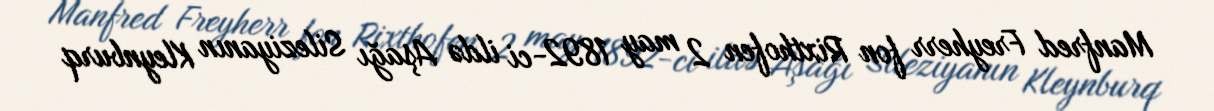
Manfred Freyherr fon Rixthofen 2 may 1892-ci ildə Aşağı Sileziyanın Kleynburq